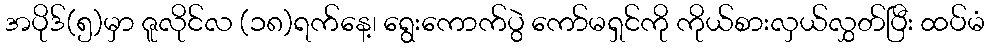
အပိုဒ်(၅)မှာ ဇူလိုင်လ (၁၈)ရက်နေ့၊ ရွေးကောက်ပွဲ ကော်မရှင်ကို ကိုယ်စားလှယ်လွှတ်ပြီး ထပ်မံ